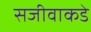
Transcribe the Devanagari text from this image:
सजीवाकडे